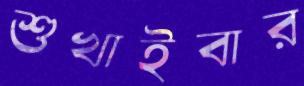
শুখাইবার